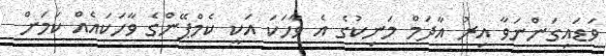
ވަޑައިގަންނަވާ އިރު އާދަމް މަނިކުގެ އެ ވާހަކަ އަކީ ކެމްޕޭންގެ ވާހަކައެއް ކަމަށް